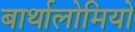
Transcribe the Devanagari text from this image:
बार्थालोमियो